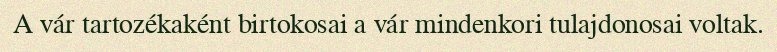
A vár tartozékaként birtokosai a vár mindenkori tulajdonosai voltak.